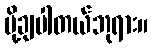
ပို့ချပါတယ်ဘုရား။